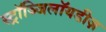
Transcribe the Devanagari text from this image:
स्ट्रॉञ्जिलॉयडीज़